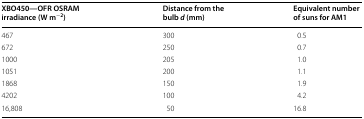
<table><thead><tr><td><b>XBO450—OFR OSRAM irradiance (W m<sup>−2</sup>)</b></td><td><b>Distance from the bulb <i>d</i> (mm)</b></td><td><b>Equivalent number of suns for AM1</b></td></tr></thead><tbody><tr><td>467</td><td>300</td><td>0.5</td></tr><tr><td>672</td><td>250</td><td>0.7</td></tr><tr><td>1000</td><td>205</td><td>1.0</td></tr><tr><td>1051</td><td>200</td><td>1.1</td></tr><tr><td>1868</td><td>150</td><td>1.9</td></tr><tr><td>4202</td><td>100</td><td>4.2</td></tr><tr><td>16,808</td><td>50</td><td>16.8</td></tr></tbody></table>